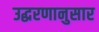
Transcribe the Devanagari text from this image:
उद्धरणानुसार